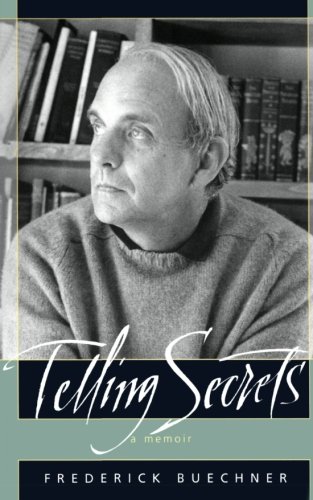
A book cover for Telling Secrets; Frederick Buechner; Christian Books & Bibles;